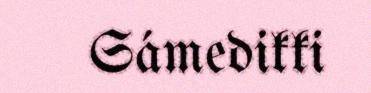
Sámedikki